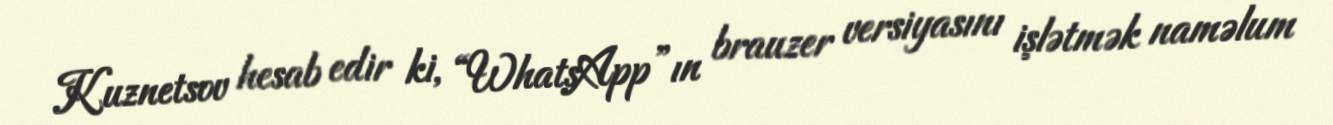
Kuznetsov hesab edir ki, “WhatsApp”ın brauzer versiyasını işlətmək naməlum